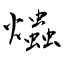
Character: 爞